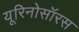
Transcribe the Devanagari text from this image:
यूरिनोसॉरस